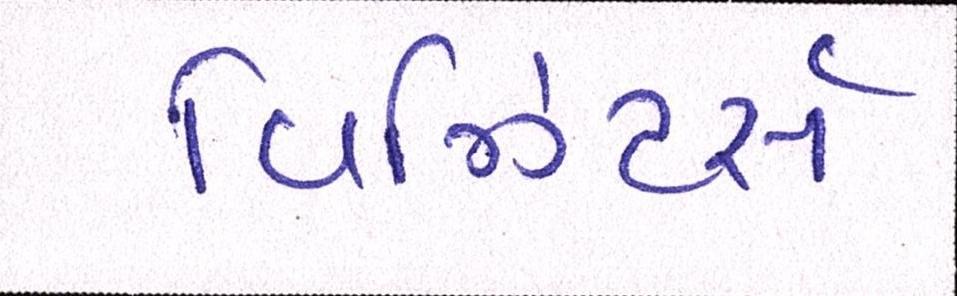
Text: વિઝિટર્સ